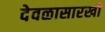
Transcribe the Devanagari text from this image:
देवळासारखी